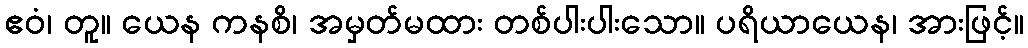
ဧဝံ၊ တူ။ ယေန ကနစိ၊ အမှတ်မထား တစ်ပါးပါးသော။ ပရိယာယေန၊ အားဖြင့်။